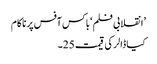
’انقلابی فلم ‘باکس آفس پر ناکام
کیا ڈالر کی قیمت 25۔